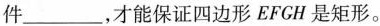
件___，才能保证四边形EFGH是矩形。